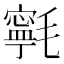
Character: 㲰